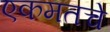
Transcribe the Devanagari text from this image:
एकमतचे